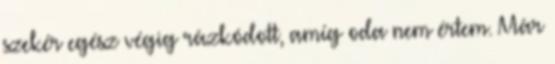
szekér egész végig rázkódott, amíg oda nem értem. Már